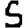
Digit: 5